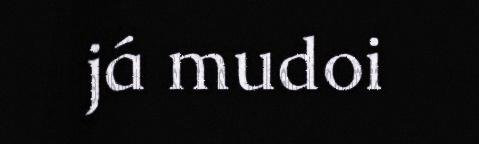
já mudoi